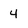
Character: 4